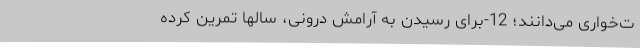
ت­خواری می­دانند؛ 12-برای رسیدن به آرامش درونی، سالها تمرین کرده­